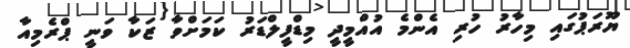
ޔޫރަޕުގައި މިހާރު ހުރި އެންމެ އުއްްމީދީ މިޑްފީލްޑަރު ކަމަށްވާ ޒަކާ ވަނީ ޕްރެމިއާ